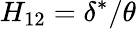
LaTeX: H_{12}=\delta^{*}/\theta